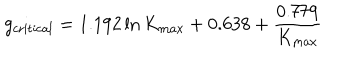
LaTeX: g _ { \mathrm { c r i t i c a l } } = 1 . 1 9 2 \ln K _ { \mathrm { m a x } } + 0 . 6 3 8 + \frac { 0 . 7 7 9 } { K _ { \mathrm { m a x } } }